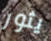
يثور